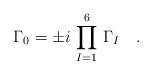
LaTeX: \begin{align*}\Gamma_0 = \pm i\,\prod_{I=1}^6 \,\Gamma_I\quad.\end{align*}